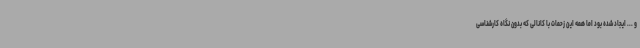
و ... ایجاد شده بود اما همه این زحمات با کانالی که بدون نگاه کارشناسی